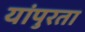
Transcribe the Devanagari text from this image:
यांपुरता